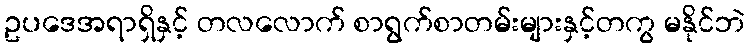
ဥပဒေအရာရှိနှင့် တလလောက် စာရွက်စာတမ်းများနှင့်တကွ မနိုင်ဘဲ